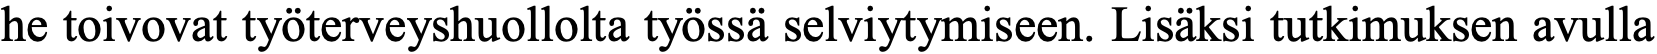
he toivovat työterveyshuollolta työssä selviytymiseen. Lisäksi tutkimuksen avulla